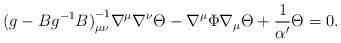
\begin{align*}{(g - B g^{-1} B)}^{-1}_{\mu \nu} \nabla^{\mu}\nabla^{\nu}\Theta - \nabla^{\mu}\Phi \nabla_{\mu} \Theta + {1\over \alpha'} \Theta = 0. \end{align*}